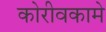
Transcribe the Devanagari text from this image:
कोरीवकामे